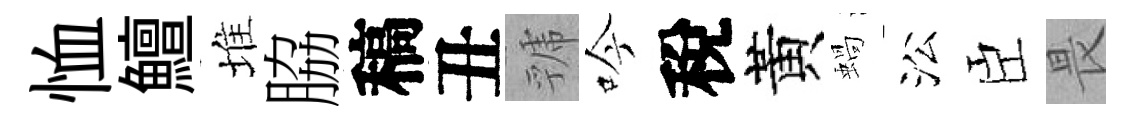
恤鱣堆脇稿丑虢吟稅黃蝸㳂臣畏